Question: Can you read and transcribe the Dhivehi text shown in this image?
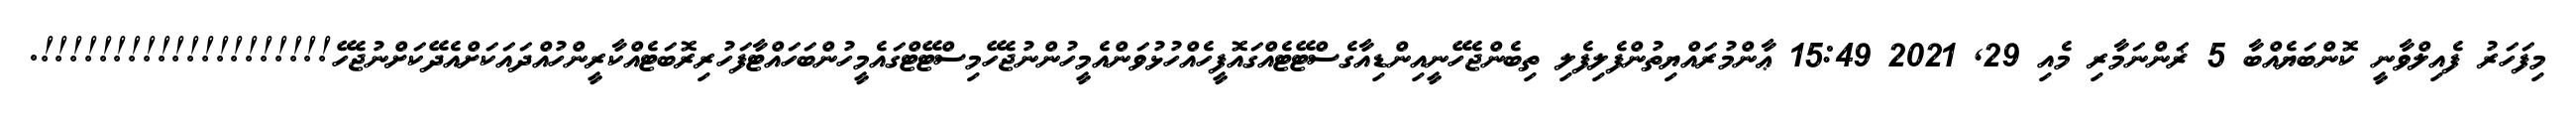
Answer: މިފަހަރު ފެއިލްވާނީ ކޮންބަޔެއްބާ 5 ޜަންނަމާރި މެއި 29, 2021 15:49 ޢާންމުރައްޔިތުންފެލިފެލި ތިބެންޖެހޭނީއިންޑިއާގެސްޓޭޓެއްގައޮފީހެއްހުޅުވަންއެމީހުންނުޖެހޭމިސްޓޭޓްގައެމީހުންބަހައްޓާފަހުރިރޮބަޓެއްކާރީންހުއްދައަކަށްއެދޭކަށްނުޖެހޭ!!!!!!!!!!!!!!!!!!!!.